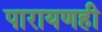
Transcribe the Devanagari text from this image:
पारायणही